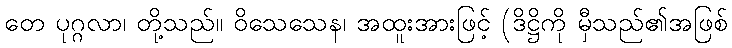
တေ ပုဂ္ဂလာ၊ တို့သည်။ ဝိသေသေန၊ အထူးအားဖြင့် (ဒိဋ္ဌိကို မှီသည်၏အဖြစ်